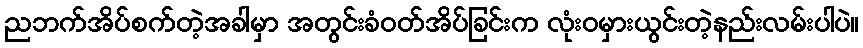
ညဘက်အိပ်စက်တဲ့အခါမှာ အတွင်းခံဝတ်အိပ်ခြင်းက လုံးဝမှားယွင်းတဲ့နည်းလမ်းပါပဲ။